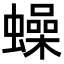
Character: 𧒮